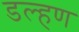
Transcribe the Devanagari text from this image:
डल्हण